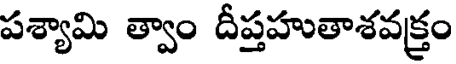
పశ్యామి త్వాం దీప్తహుతాశవక్రం